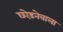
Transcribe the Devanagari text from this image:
छोड़नेवाला